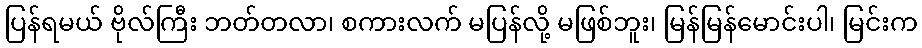
ပြန်ရမယ် ဗိုလ်ကြီး ဘတ်တလာ၊ စကားလက် မပြန်လို့ မဖြစ်ဘူး၊ မြန်မြန်မောင်းပါ၊ မြင်းက